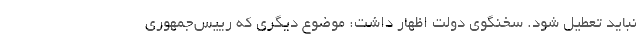
نباید تعطیل شود. سخنگوی دولت اظهار داشت: موضوع دیگری که رییس‌جمهوری